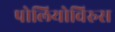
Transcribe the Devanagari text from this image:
पोलियोविरुस